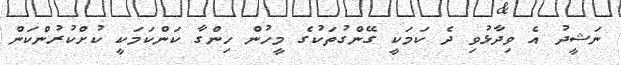
ނަޝީދު އެ ވިދާޅުވި ދެ ކަމަކީ ގޭންގުތަކުގެ މީހުން ހިންގާ ކަންކަމަކީ ކުށްކުރުންކަން